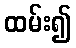
ထမ်း၍